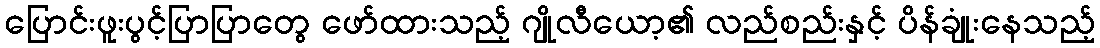
ပြောင်းဖူးပွင့်ပြာပြာတွေ ဖော်ထားသည့် ဂျိုလီယော့၏ လည်စည်းနှင့် ပိန်ချုံးနေသည့်